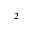
^ 2